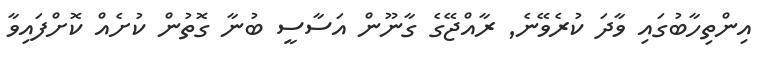
އިންތިހާބުގައި ވާދަ ކުރެވޭނެ